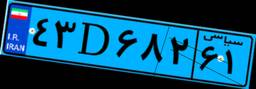
۱۹D۵۷۷۴۱